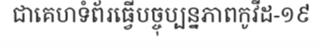
ជាគេហទំព័រធ្វើបច្ចុប្បន្នភាពកូវីដ-១៩